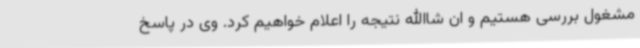
مشغول بررسی هستیم و ان شاالله نتیجه را اعلام خواهیم کرد. وی در پاسخ